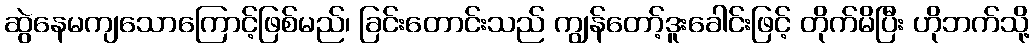
ဆွဲနေမကျသောကြောင့်ဖြစ်မည်၊ ခြင်းတောင်းသည် ကျွန်တော့်ဒူးခေါင်းဖြင့် တိုက်မိပြီး ဟိုဘက်သို့